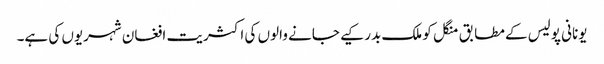
یونانی پولیس کے مطابق منگل کو ملک بدر کیے جانے والوں کی اکثریت افغان شہریوں کی ہے۔